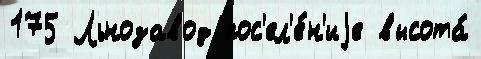
175 Льнозавод пос'ел'е́н'иjе высота́